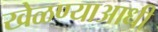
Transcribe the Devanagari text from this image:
खेळण्याआधी